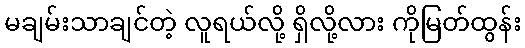
မချမ်းသာချင်တဲ့ လူရယ်လို့ ရှိလို့လား ကိုမြတ်ထွန်း